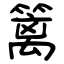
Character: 篱